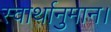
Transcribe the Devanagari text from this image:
स्वार्थानुमान।